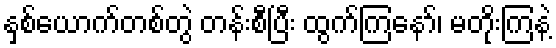
နှစ်ယောက်တစ်တွဲ တန်းစီပြီး ထွက်ကြနော်၊ မတိုးကြနဲ့